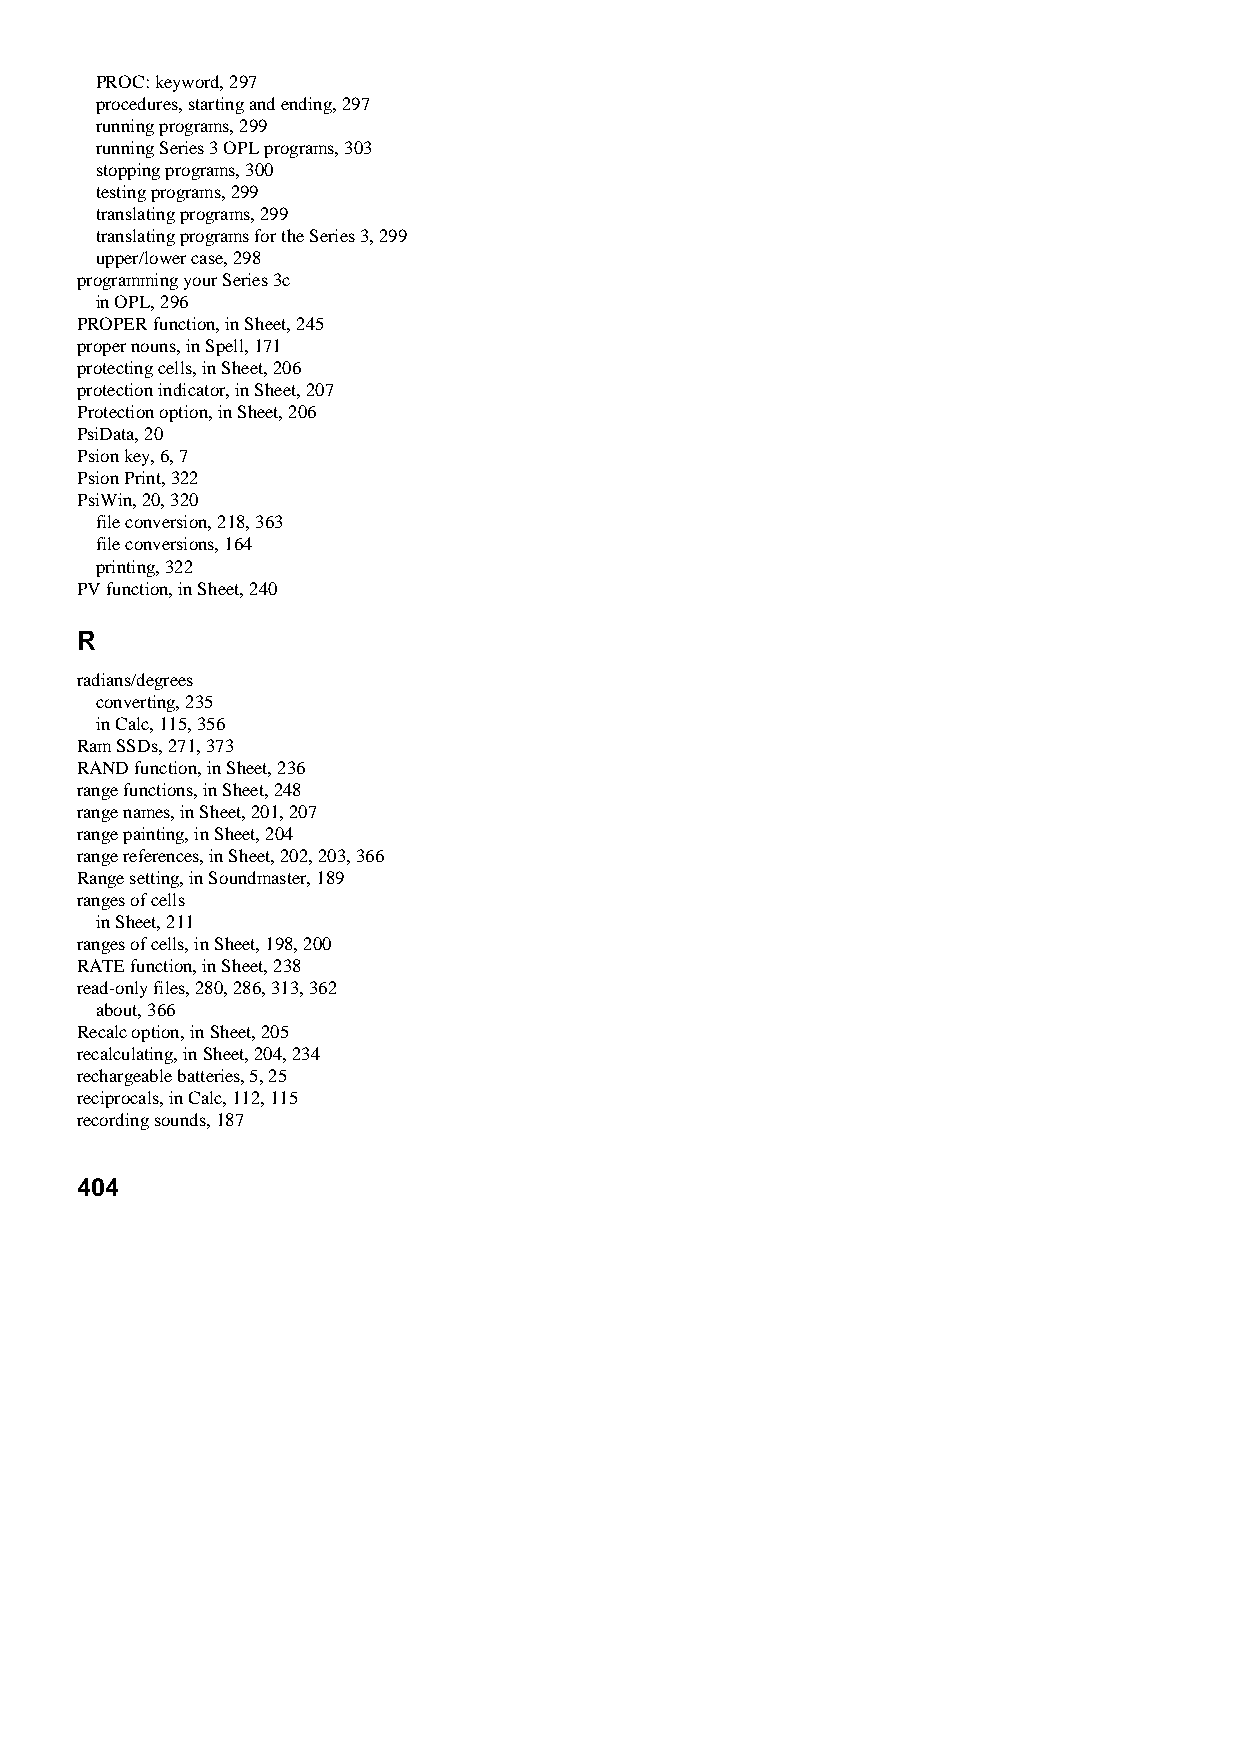
PROC: keyword, 297
 procedures, starting and ending, 297
 running programs, 299
 running Series 3 OPL programs, 303
 stopping programs, 300
 testing programs, 299
 translating programs, 299
 translating programs for the Series 3, 299
 upper/lower case, 298
 programming your Series 3c
 in OPL, 296
 PROPER function, in Sheet, 245
 proper nouns, in Spell, 171
 protecting cells, in Sheet, 206
 protection indicator, in Sheet, 207
 Protection option, in Sheet, 206
 PsiData, 20
 Psion key, 6, 7
 Psion Print, 322
 PsiWin, 20, 320
 file conversion, 218, 363
 file conversions, 164
 printing, 322
 PV function, in Sheet, 240
 R
 radians/degrees
 converting, 235
 in Calc, 115, 356
 Ram SSDs, 271, 373
 RAND function, in Sheet, 236
 range functions, in Sheet, 248
 range names, in Sheet, 201, 207
 range painting, in Sheet, 204
 range references, in Sheet, 202, 203, 366
 Range setting, in Soundmaster, 189
 ranges of cells
 in Sheet, 211
 ranges of cells, in Sheet, 198, 200
 RATE function, in Sheet, 238
 read-only files, 280, 286, 313, 362
 about, 366
 Recalc option, in Sheet, 205
 recalculating, in Sheet, 204, 234
 rechargeable batteries, 5, 25
 reciprocals, in Calc, 112, 115
 recording sounds, 187
 404